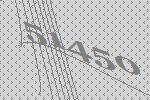
51450